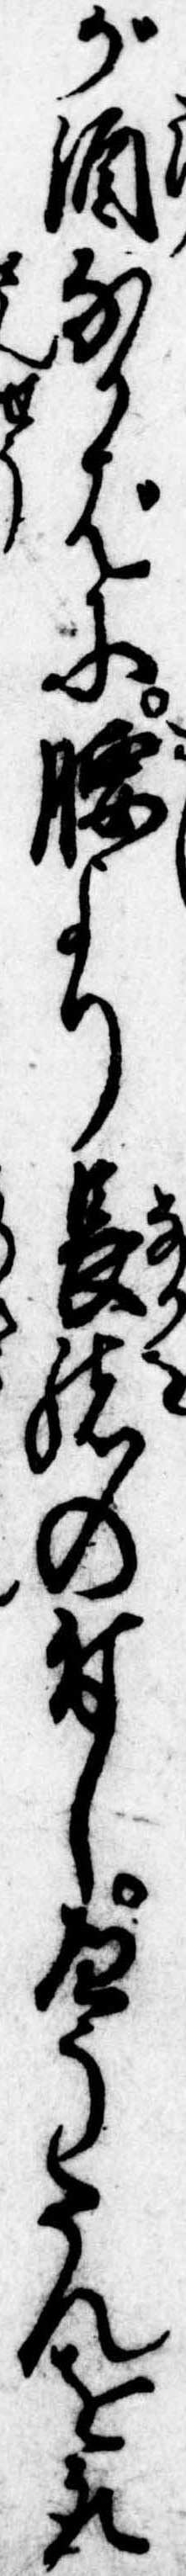
が酒なかばに腰より長緒の付しへうたんを取